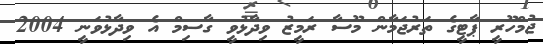
ޖުމްހޫރީ ޕާޓީގެ ތަރުޖަމާން މޫސާ ރަމީޒު ވިދާޅުވީ ގާސިމް އެ ވިދާޅުވަނީ 2004